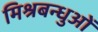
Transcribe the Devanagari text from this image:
मिश्रबन्धुओं